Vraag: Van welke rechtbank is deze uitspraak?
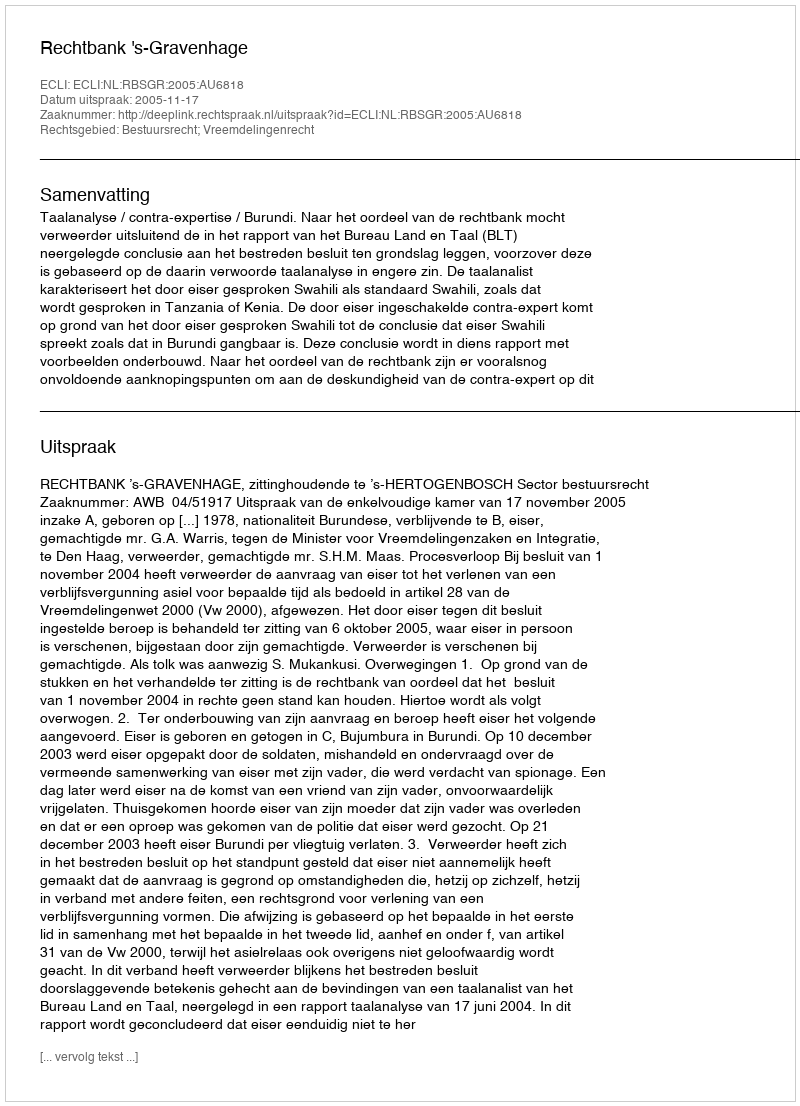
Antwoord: Rechtbank 's-Gravenhage